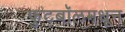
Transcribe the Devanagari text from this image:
फुटबॉलमधून